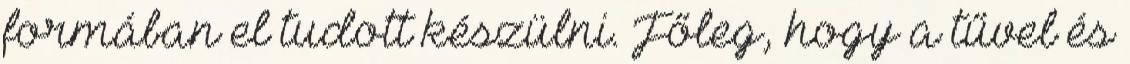
formában el tudott készülni. Főleg, hogy a tűvel és